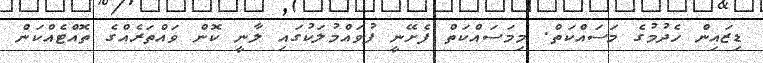
ޑިޒައިން ހެދުމުގެ މަސައްކަތް. މިމަސައްކަތް ފެށޭނީ ފުވައްމުލަކުގައި ލާނީ ކޮން ވައްތަރެއްގެ ތޮއްޓެއްކަން